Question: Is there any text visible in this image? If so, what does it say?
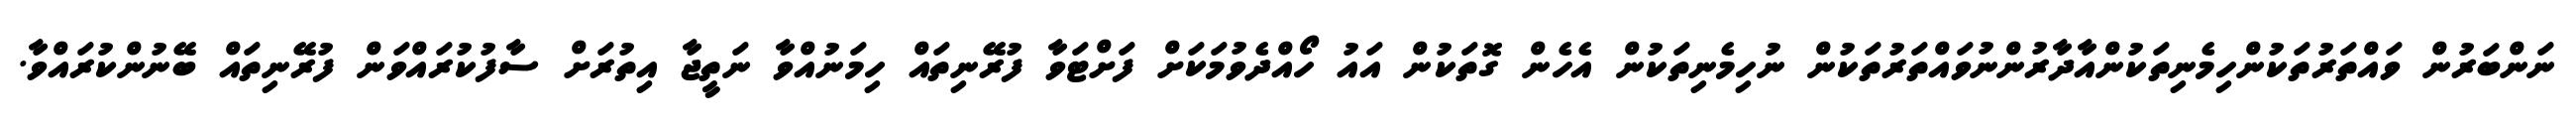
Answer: ނަންބަރުން ވައްތަރުތަކުންހިމެނިތަކުންއާދާރުންނުވައްތަރުތަކުން ނުހިމެނިތަކުން އެހެން ގޮތަކުން އައު ހޯއްދެވުމަކަށް ފަށްޓަވާ ފުރޭނިތައް ހިމަނުއްވާ ނަތީޖާ އިތުރަށް ސާފުކުރައްވަން ފުރޭނިތައް ބޭނުންކުރައްވާ.